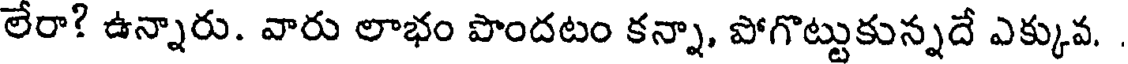
లేరా? ఉన్నారు. వారు లాభం పొందటం కన్నా, పోగొట్టుకున్నదే ఎక్కువ.